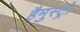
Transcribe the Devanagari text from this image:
हैमुस्ट्रो